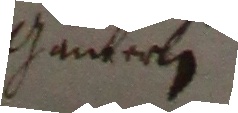
Ganterle